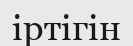
іртігін